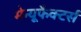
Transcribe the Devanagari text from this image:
मेन्यूफैक्टर्स